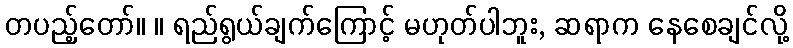
တပည့်တော်။ ။ ရည်ရွယ်ချက်ကြောင့် မဟုတ်ပါဘူး, ဆရာက နေစေချင်လို့